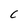
Character: C